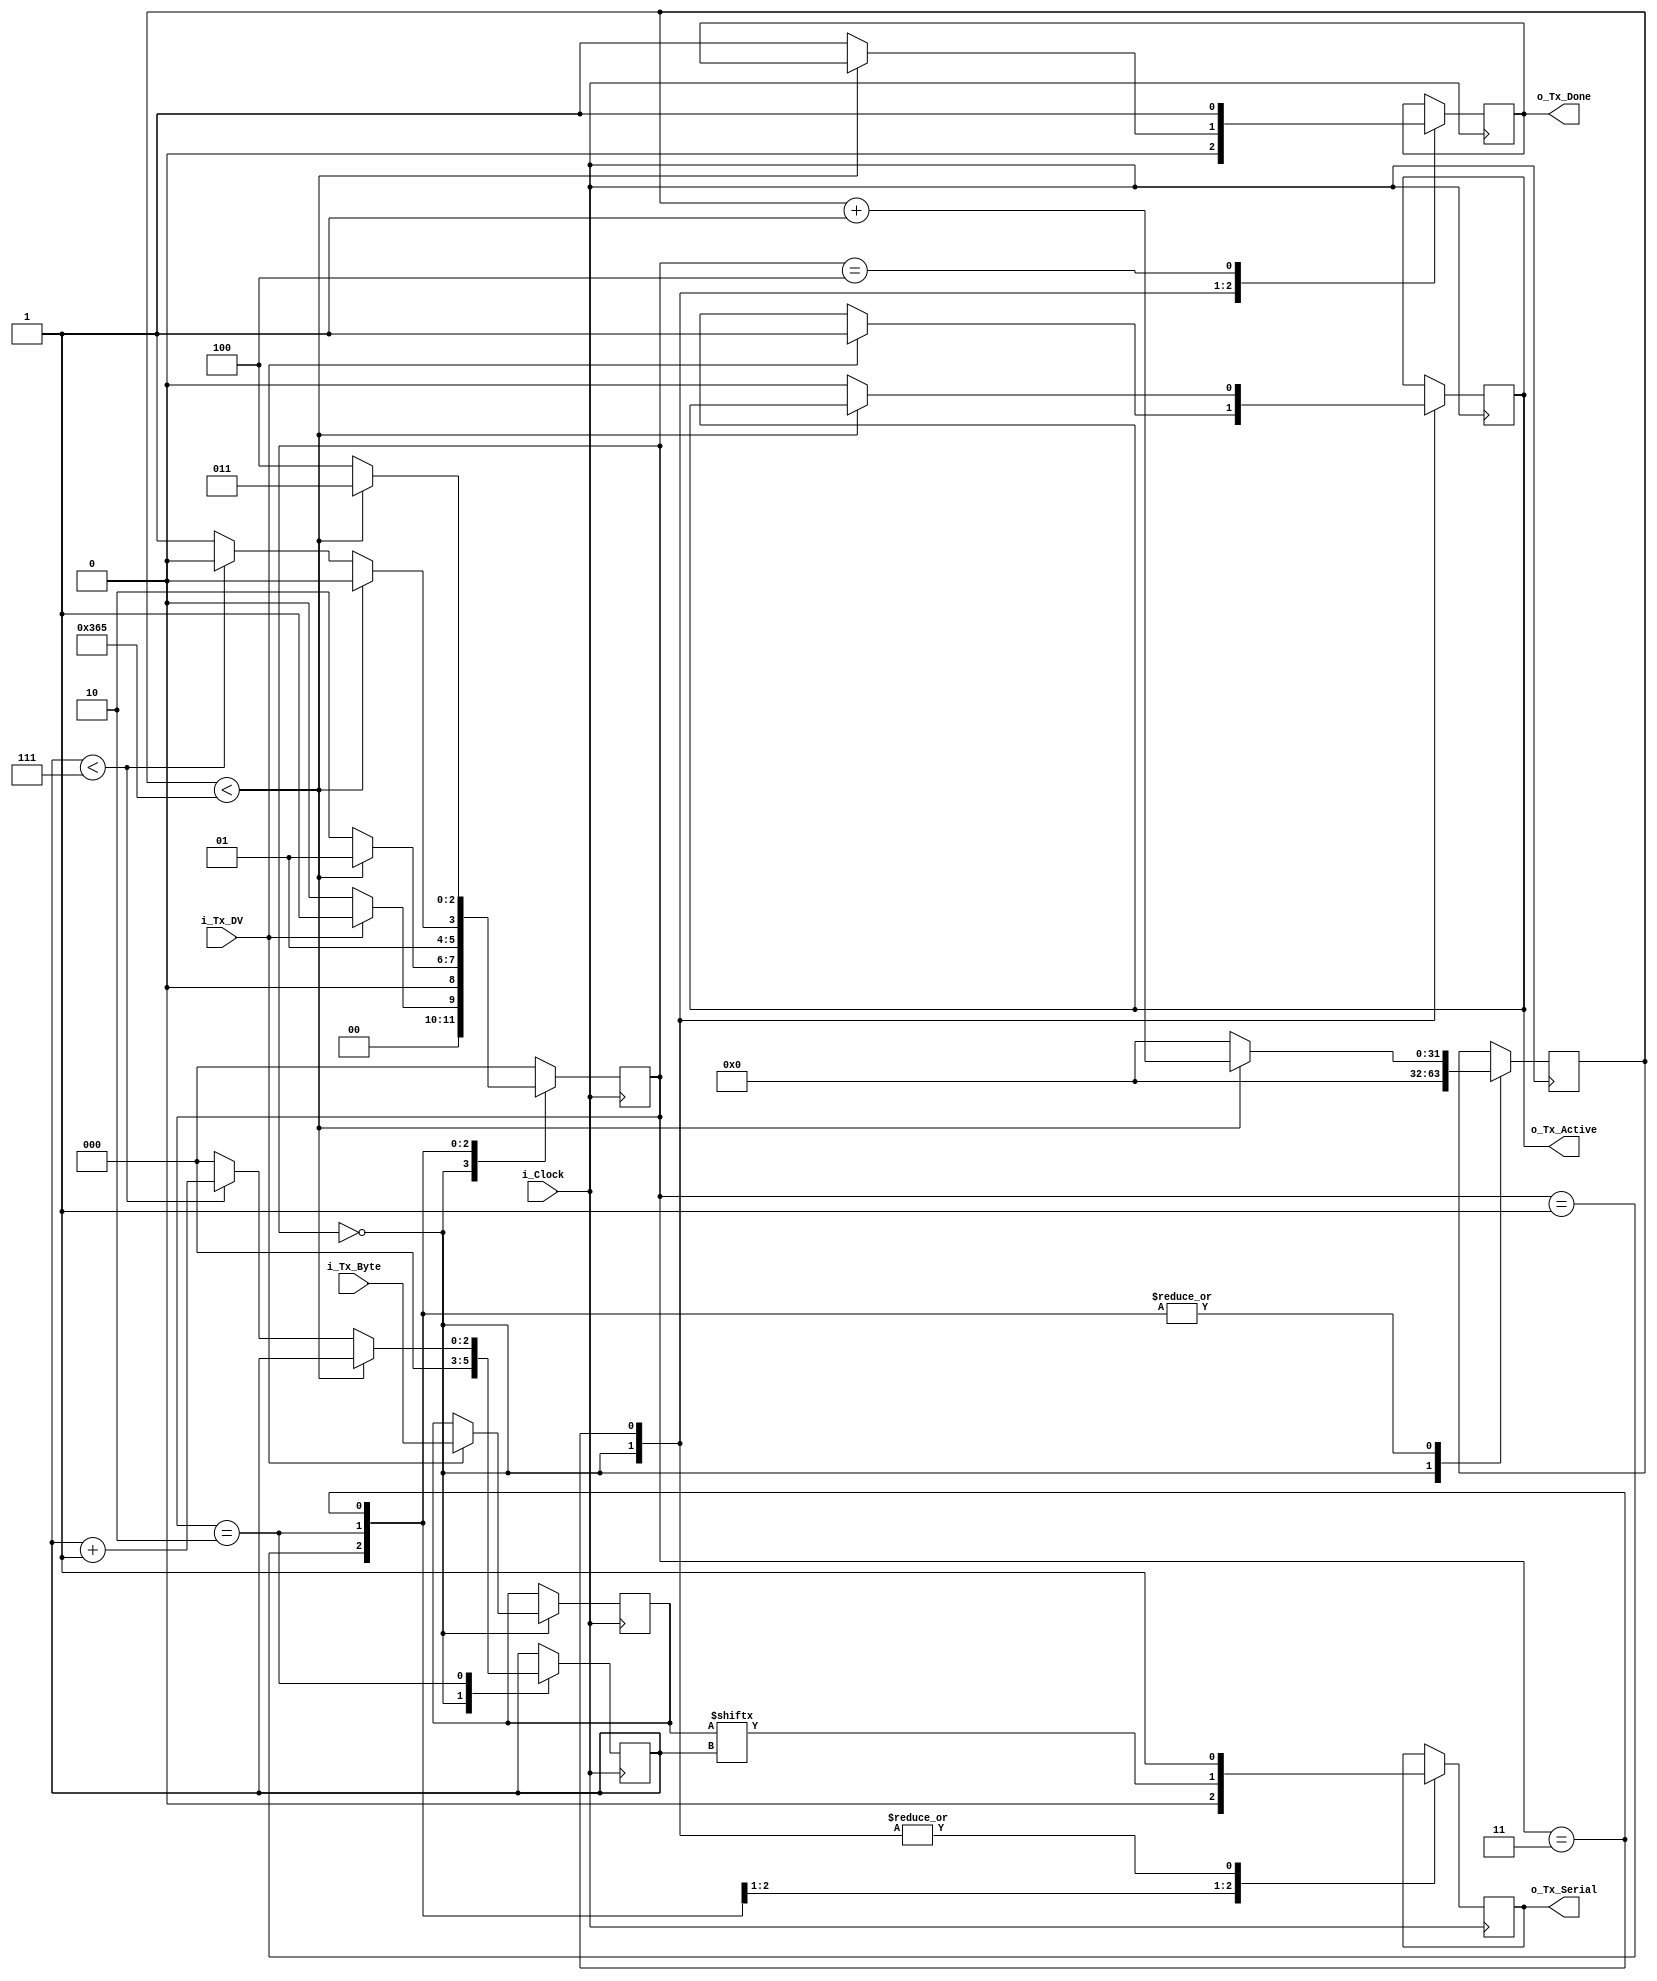
// Source: https://www.nandland.com/vhdl/modules/module-uart-serial-port-rs232.html
// Note: Clock counter expanded to 32 bits because of external clock being 100MHz not 10MHz

//////////////////////////////////////////////////////////////////////
// File Downloaded from http://www.nandland.com
//////////////////////////////////////////////////////////////////////
// This file contains the UART Transmitter. This transmitter is able
// to transmit 8 bits of serial data, one start bit, one stop bit,
// and no parity bit. When transmit is complete o_Tx_done will be
// driven high for one clock cycle.
//
// Set Parameter CLKS_PER_BIT as follows:
// CLKS_PER_BIT = (Frequency of i_Clock)/(Frequency of UART)
// Example: 10 MHz Clock, 115200 baud UART
// (10000000)/(115200) = 87

module uart_tx #(parameter CLKS_PER_BIT = 870) (
    input i_Clock,
    input i_Tx_DV,
    input [7:0] i_Tx_Byte,
    output o_Tx_Active,
    output reg o_Tx_Serial,
    output o_Tx_Done
);

    parameter s_IDLE         = 3'b000;
    parameter s_TX_START_BIT = 3'b001;
    parameter s_TX_DATA_BITS = 3'b010;
    parameter s_TX_STOP_BIT  = 3'b011;
    parameter s_CLEANUP      = 3'b100;
    
    reg [2:0] r_SM_Main      = 0;
    reg [31:0] r_Clock_Count = 0;
    reg [2:0] r_Bit_Index    = 0;
    reg [7:0] r_Tx_Data      = 0;
    reg r_Tx_Done            = 0;
    reg r_Tx_Active          = 0;
    
    always @(posedge i_Clock)
    begin
        
        case (r_SM_Main)
            s_IDLE :
            begin
                o_Tx_Serial   <= 1'b1; // Drive Line High for Idle
                r_Tx_Done     <= 1'b0;
                r_Clock_Count <= 0;
                r_Bit_Index   <= 0;
                
                if (i_Tx_DV == 1'b1)
                begin
                    r_Tx_Active <= 1'b1;
                    r_Tx_Data   <= i_Tx_Byte;
                    r_SM_Main   <= s_TX_START_BIT;
                end
                else
                    r_SM_Main <= s_IDLE;
            end // case: s_IDLE
            
            
            // Send out Start Bit. Start bit = 0
            s_TX_START_BIT :
            begin
                o_Tx_Serial <= 1'b0;
                
                // Wait CLKS_PER_BIT-1 clock cycles for start bit to finish
                if (r_Clock_Count < CLKS_PER_BIT-1)
                begin
                    r_Clock_Count <= r_Clock_Count + 1;
                    r_SM_Main     <= s_TX_START_BIT;
                end
                else
                begin
                    r_Clock_Count <= 0;
                    r_SM_Main     <= s_TX_DATA_BITS;
                end
            end // case: s_TX_START_BIT
            
            
            // Wait CLKS_PER_BIT-1 clock cycles for data bits to finish
            s_TX_DATA_BITS :
            begin
                o_Tx_Serial <= r_Tx_Data[r_Bit_Index];
                
                if (r_Clock_Count < CLKS_PER_BIT-1)
                begin
                    r_Clock_Count <= r_Clock_Count + 1;
                    r_SM_Main     <= s_TX_DATA_BITS;
                end
                else
                begin
                    r_Clock_Count <= 0;
                    
                    // Check if we have sent out all bits
                    if (r_Bit_Index < 7)
                    begin
                        r_Bit_Index <= r_Bit_Index + 1;
                        r_SM_Main   <= s_TX_DATA_BITS;
                    end
                    else
                    begin
                        r_Bit_Index <= 0;
                        r_SM_Main   <= s_TX_STOP_BIT;
                    end
                end
            end // case: s_TX_DATA_BITS
            
            
            // Send out Stop bit. Stop bit = 1
            s_TX_STOP_BIT :
            begin
                o_Tx_Serial <= 1'b1;
                
                // Wait CLKS_PER_BIT-1 clock cycles for Stop bit to finish
                if (r_Clock_Count < CLKS_PER_BIT-1)
                begin
                    r_Clock_Count <= r_Clock_Count + 1;
                    r_SM_Main     <= s_TX_STOP_BIT;
                end
                else
                begin
                    r_Tx_Done     <= 1'b1;
                    r_Clock_Count <= 0;
                    r_SM_Main     <= s_CLEANUP;
                    r_Tx_Active   <= 1'b0;
                end
            end // case: s_Tx_STOP_BIT
            
            
            // Stay here 1 clock
            s_CLEANUP :
            begin
                r_Tx_Done <= 1'b1;
                r_SM_Main <= s_IDLE;
            end
            
            
            default :
            r_SM_Main <= s_IDLE;
            
        endcase
    end
    
    assign o_Tx_Active = r_Tx_Active;
    assign o_Tx_Done   = r_Tx_Done;
endmodule